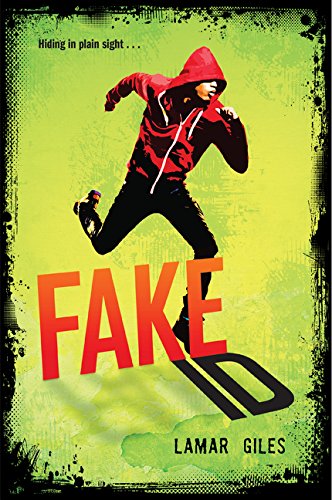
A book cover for Fake ID; Lamar Giles; Teen & Young Adult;